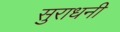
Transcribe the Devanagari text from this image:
सुराधनी